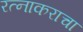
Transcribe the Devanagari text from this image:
रत्नाकराचा